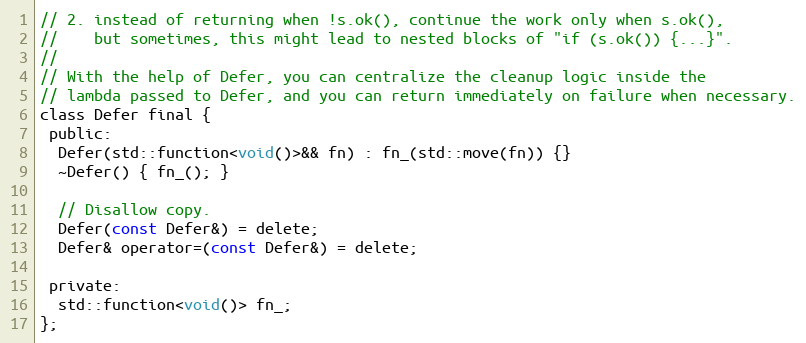
Language: C
// 2. instead of returning when !s.ok(), continue the work only when s.ok(),
//    but sometimes, this might lead to nested blocks of "if (s.ok()) {...}".
//
// With the help of Defer, you can centralize the cleanup logic inside the
// lambda passed to Defer, and you can return immediately on failure when necessary.
class Defer final {
 public:
  Defer(std::function<void()>&& fn) : fn_(std::move(fn)) {}
  ~Defer() { fn_(); }

  // Disallow copy.
  Defer(const Defer&) = delete;
  Defer& operator=(const Defer&) = delete;

 private:
  std::function<void()> fn_;
};